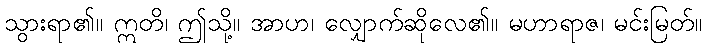
သွားရာ၏။ ဣတိ၊ ဤသို့။ အာဟ၊ လျှောက်ဆိုလေ၏။ မဟာရာဇ၊ မင်းမြတ်။